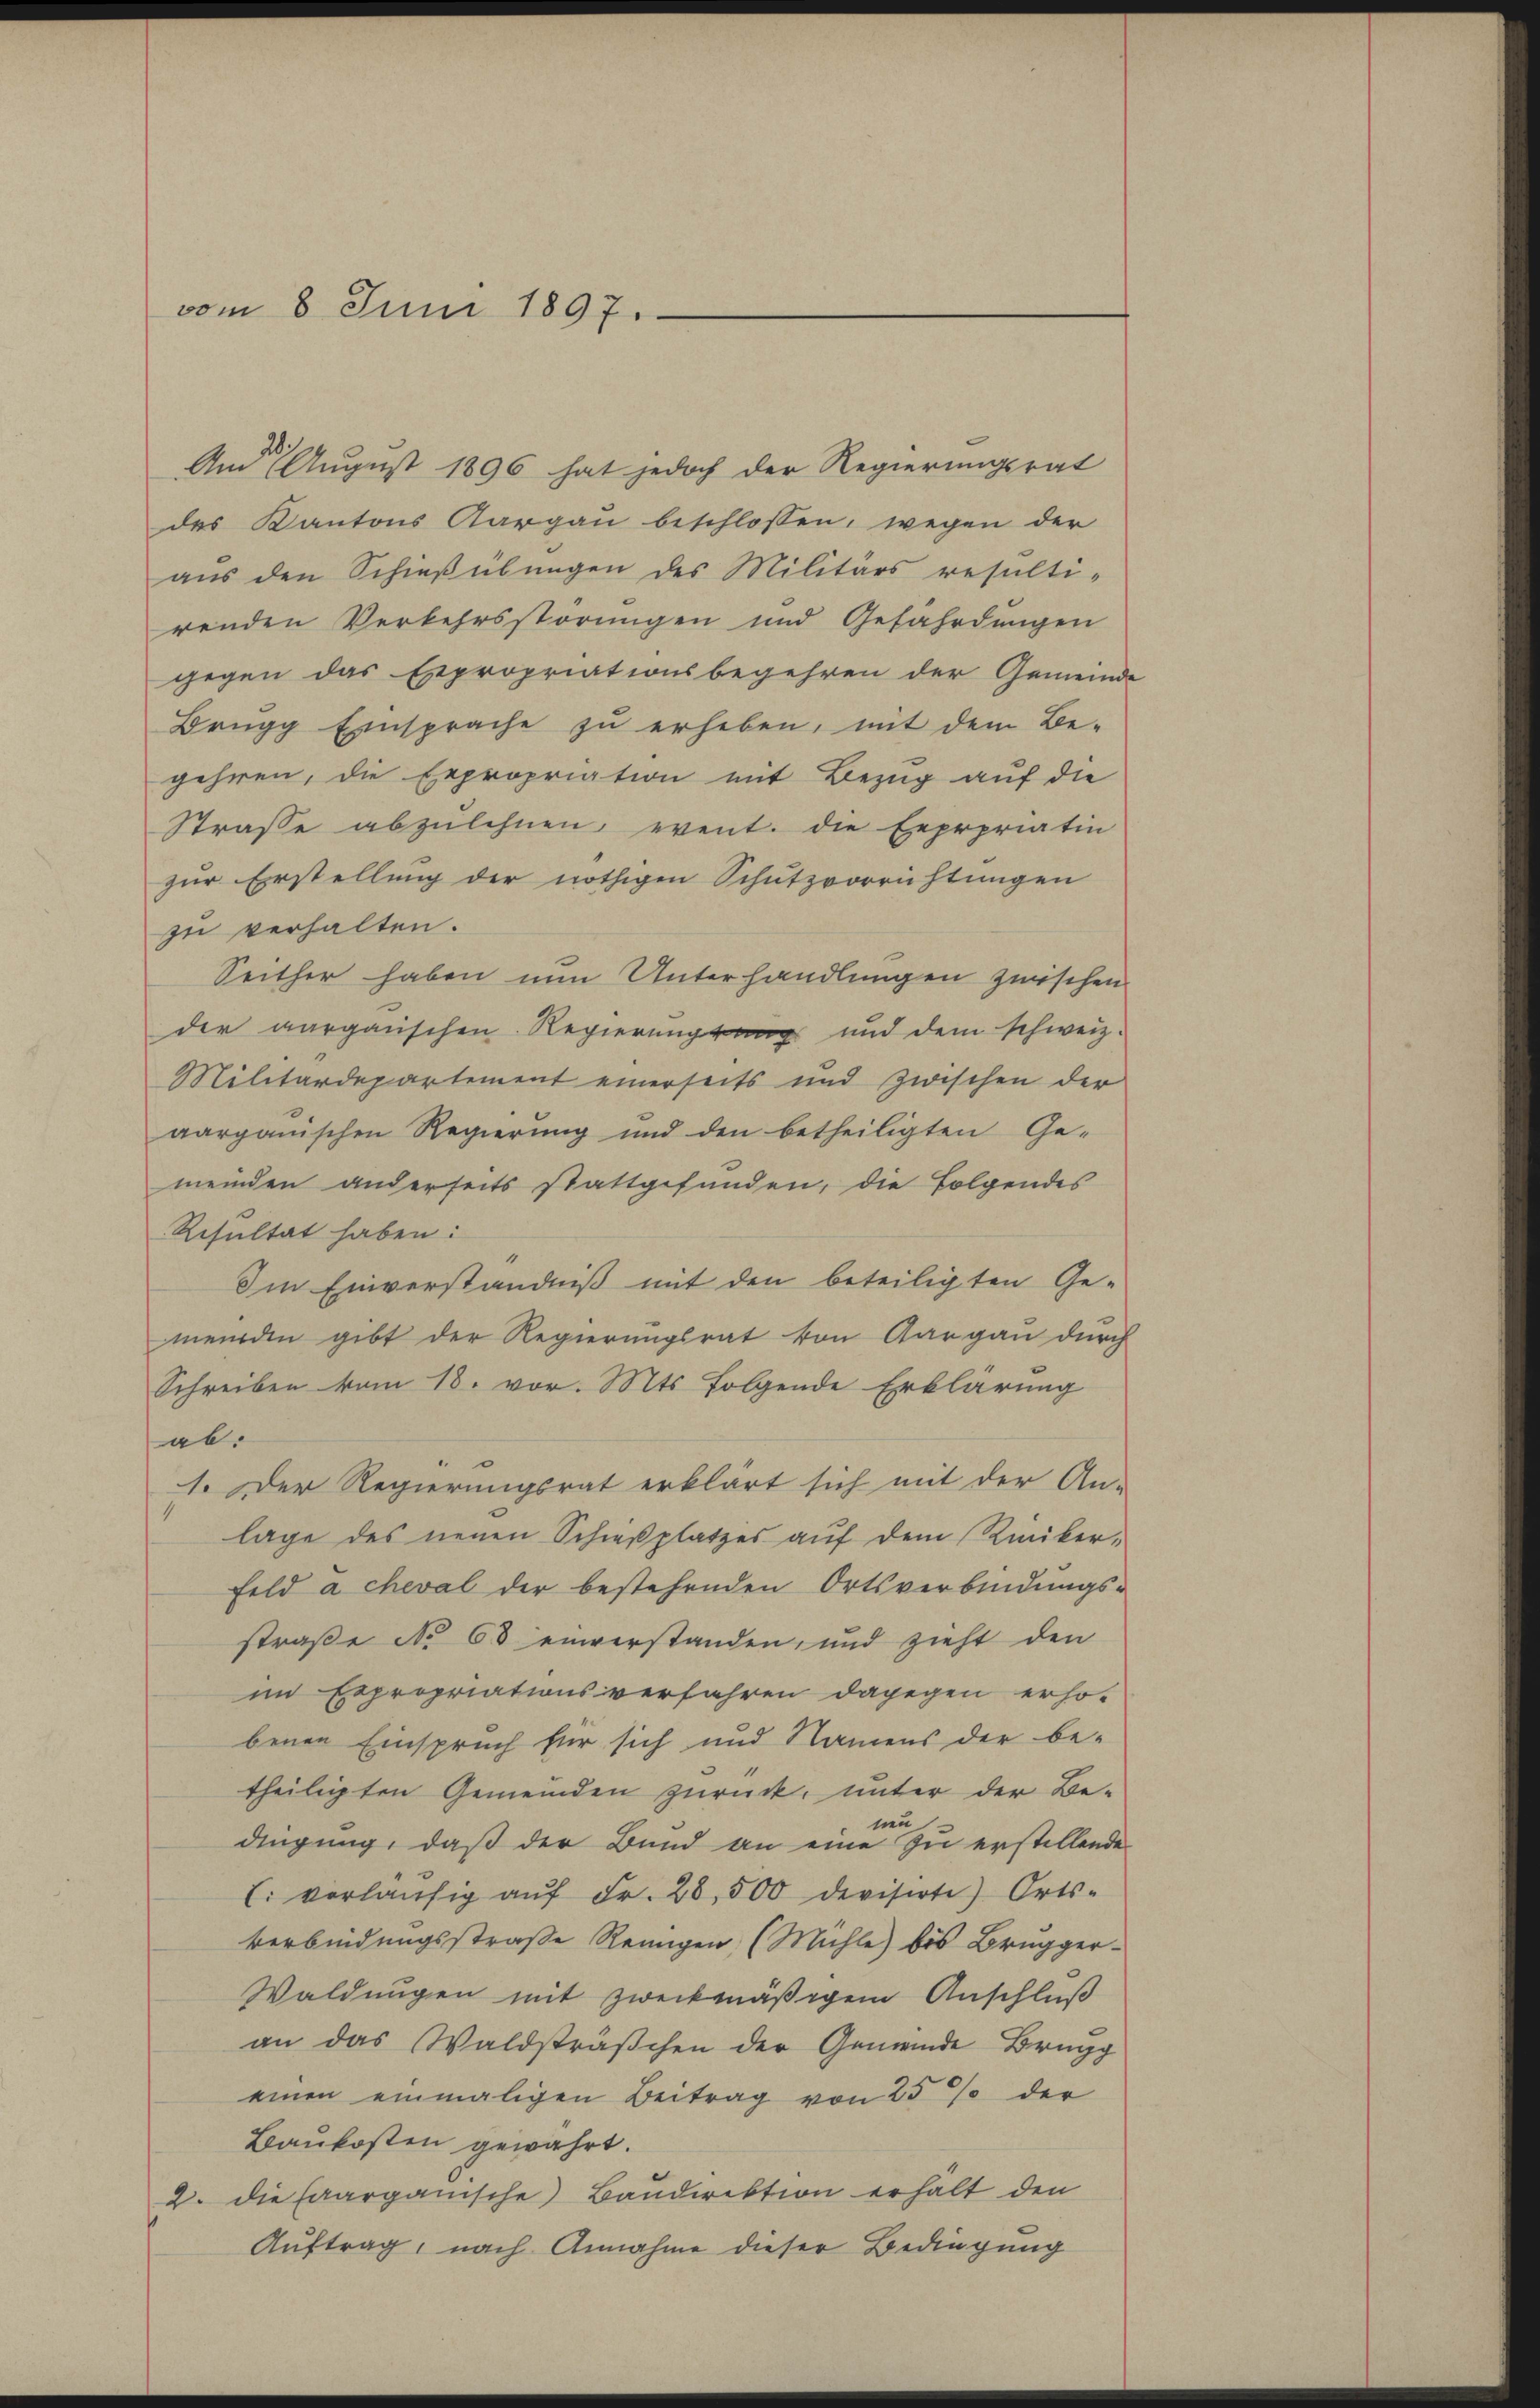
vom 8. Juni 1897.

And 1 August 1896 hat jedoch der Regierungsrat
des Kantons Aargau beschlossen, wegen der
aus den Schießübungen des Militärs resulti-
renden Verkehrsstörungen und Gefährdungen
gegen das Expropriationsbegehren der Gemeinde
Brügg Einsprache zŭ erheben, mit dem Be-
gehren, die Expropriation mit Bezug auf die
Strasse abzulehnen, event. die Eeprpriatin
zur Erstellung der nöthigen Schutzvorrichtungen
zu verhalten.
Seither haben nun Unterhandlungen zwischen
der aargauischen Regierungsung und dem schweiz.
Militärdepartement einerseits und zwischen der
aarganischen Regierung und den betheiligten Ge-
meinden anderseits stattgefunden, die Folgendes
Resultat haben:
Im Einverständniß mit den beteiligten Ge-
wenden gibt der Regierungsrat von Aargau durch
Schreiben vom 18. vor. Mts. folgende Erklärung
ab.
1. Der Regierungsrat erklärt sich mit der An-
lage des neuen Schießplatzes auf dem Riniker-
Feld a cheval der bestehenden Ortsverbindungs-
straße No 63 einverstanden, und zieht den
im Expropriationsverfahren dagegen erho-
benen Einspruch für sich und Namens der be-
theiligten Gemeinden zurück, unter der Be-
nen
.
dingung, daß der Bund an eine zu erstellenden
l: vorläŭfig aŭf Fr. 28,500 devisirte Orts-
verbindungsstraße Reinigen (Mühle) bis Brugger-
Waldungen mit zweckmäßigem Anschluß
an das Waldsträßchen der Gemeinde Brugg
einen einmaligen Beitrag von 25% der
Baukosten gewährt.
2. die aargauische Baudirektion erhalt den
Auftrag, nach Annahme dieser Bedingung